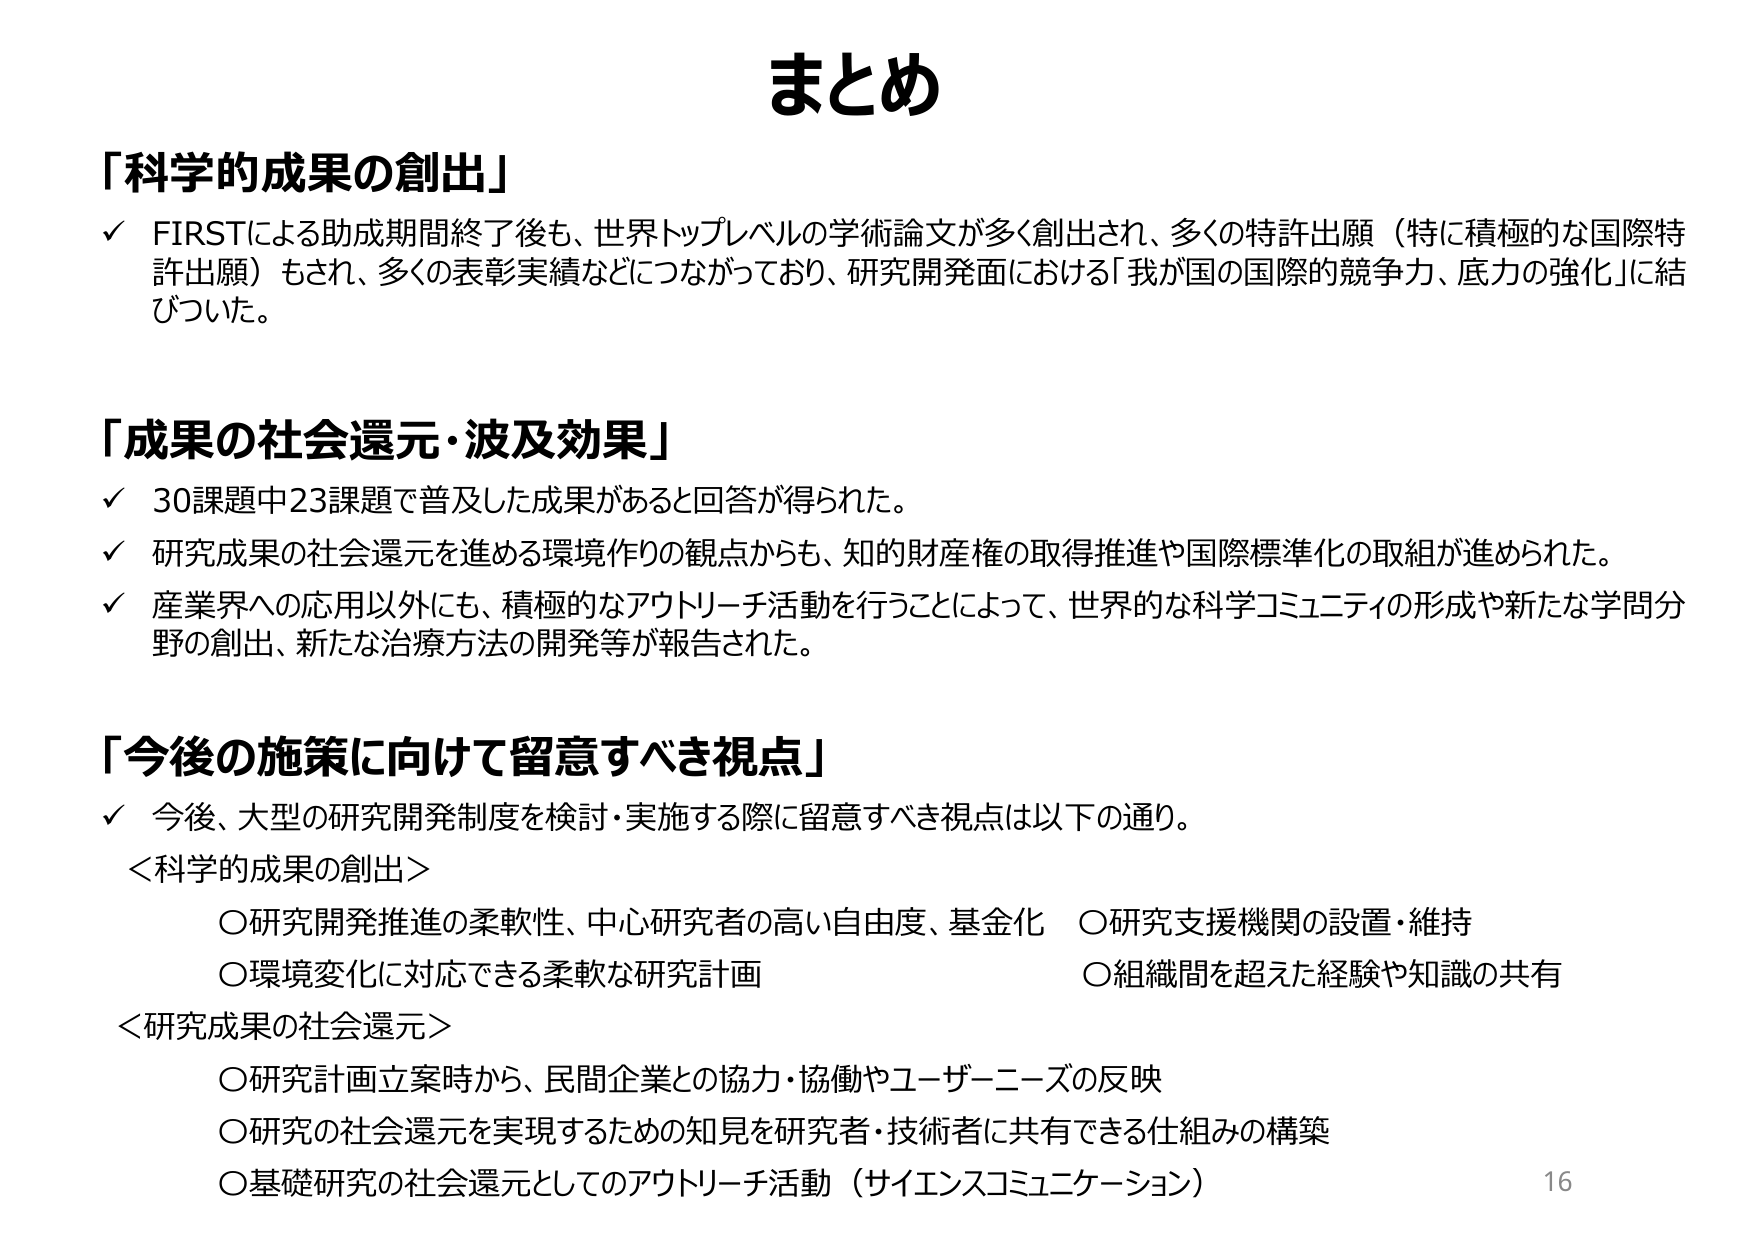
まとめ

「科学的成果の創出」
✓ FIRSTによる助成期間終了後も、世界トップレベルの学術論文が多く創出され、多くの特許出願（特に積極的な国際特許出願）もされ、多くの表彰実績などにつながっており、研究開発面における「我が国の国際的競争力、底力の強化」に結びついた。

「成果の社会還元・波及効果」
✓ 30課題中23課題で普及した成果があると回答が得られた。
✓ 研究成果の社会還元を進める環境作りの観点からも、知的財産権の取得推進や国際標準化の取組が進められた。
✓ 産業界への応用以外にも、積極的なアウトリーチ活動を行うことによって、世界的な科学コミュニティの形成や新たな学問分野の創出、新たな治療方法の開発等が報告された。

「今後の施策に向けて留意すべき視点」
✓ 今後、大型の研究開発制度を検討・実施する際に留意すべき視点は以下の通り。
＜科学的成果の創出＞
○研究開発推進の柔軟性、中心研究者の高い自由度、基金化　○研究支援機関の設置・維持
○環境変化に対応できる柔軟な研究計画　○組織間を超えた経験や知識の共有
＜研究成果の社会還元＞
○研究計画立案時から、民間企業との協力・協働やユーザーニーズの反映
○研究の社会還元を実現するための知見を研究者・技術者に共有できる仕組みの構築
○基礎研究の社会還元としてのアウトリーチ活動（サイエンスコミュニケーション）

16